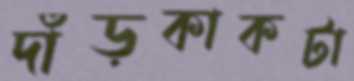
দাঁড়কাকটা